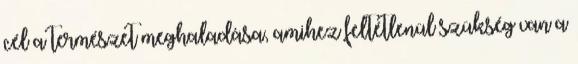
cél a természet meghaladása, amihez feltétlenül szükség van a